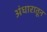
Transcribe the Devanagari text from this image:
अंधारातून